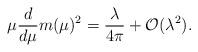
LaTeX: \begin{align*}\mu \frac{d}{d \mu} m(\mu)^2= \frac{\lambda}{4 \pi} +{\cal O}(\lambda^2).\end{align*}